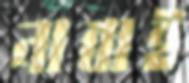
নাবাই